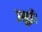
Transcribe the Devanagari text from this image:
उसुई।